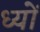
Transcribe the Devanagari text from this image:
ध्यों